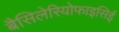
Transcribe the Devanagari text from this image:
बैसिलेरियोफाइसिई